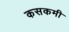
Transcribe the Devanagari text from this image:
कसकमी